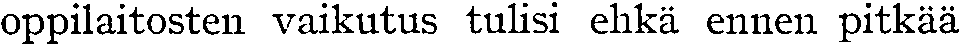
oppilaitosten vaikutus tulisi ehkä ennen pitkää